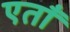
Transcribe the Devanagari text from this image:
एताँ